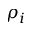
\rho _ { i }